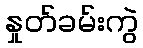
နှုတ်ခမ်းကွဲ